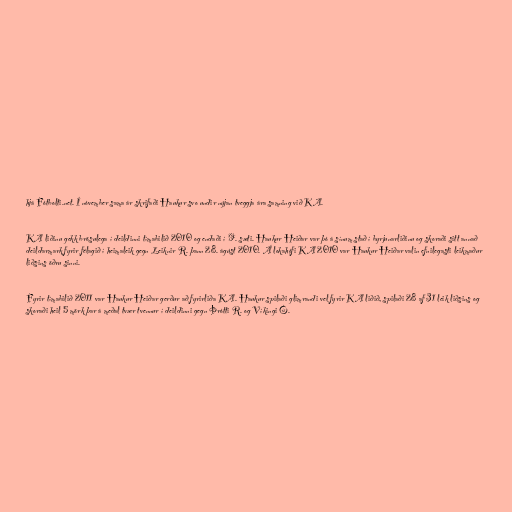
hjá Fótbolti.net. Í nóvember sama ár skrifaði Haukur svo undir nýjan tveggja ára samning við KA.

KA liðinu gekk brösulega í deildinni tímabilið 2010 og endaði í 9. sæti. Haukur Heiðar var þó á sínum stað í byrjunarliðinu og skoraði sitt annað
deildarmark fyrir félagið í heimaleik gegn Leiknir R. þann 28. ágúst 2010. Á lokahófi KA 2010 var Haukur Heiðar valin efnilegasti leikmaður
liðsins öðru sinni.

Fyrir tímabilið 2011 var Haukur Heiðar gerður að fyrirliða KA. Haukur spilaði glimrandi vel fyrir KA liðið, spilaði 28 af 31 leik liðsins og
skoraði heil 5 mörk þar á meðal tvær tvennur í deildinni gegn Þrótti R. og Víkingi Ó.